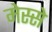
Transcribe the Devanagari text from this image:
मेस्से